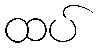
ထပ်